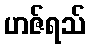
ဟဇ်ရသ်